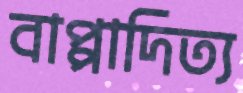
বাপ্পাদিত্য